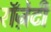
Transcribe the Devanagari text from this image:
रॉज़ेटी